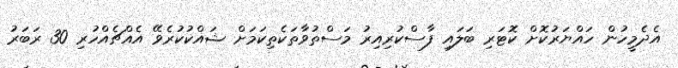
އެދެމީހުން ހައްޔަރުކޮށް ކޮޓަރި ބަލައި ފާސްކުރިއިރު މަސްތުވާތަކެތިކަމަށް ޝައްކުކުރެވޭ އެއްޗެއްހުރި 30 ރަބަރު